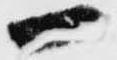
一